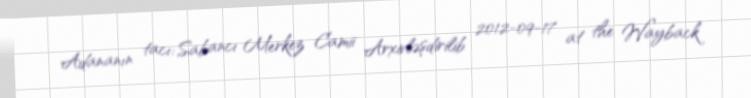
Adananın tacı: Sabancı Merkez Camii Arxivləşdirilib 2012-09-17 at the Wayback